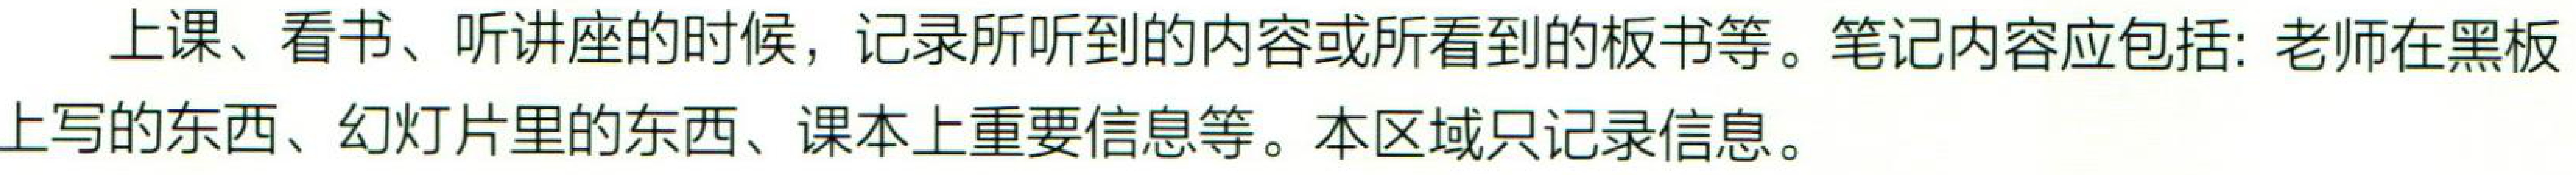
上课、看书、听讲座的时候，记录所听到的内容或所看到的板书等。笔记内容应包括：老师在黑板上写的东西、幻灯片里的东西、课本上重要信息等。本区域只记录信息。